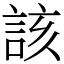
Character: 該